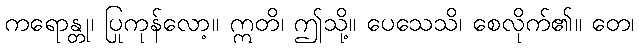
ကရောန္တု၊ ပြုကုန်လော့။ ဣတိ၊ ဤသို့။ ပေသေသိ၊ စေလိုက်၏။ တေ၊